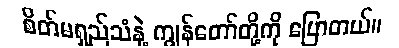
စိတ်မရှည်သံနဲ့ ကျွန်တော်တို့ကို ပြောတယ်။